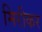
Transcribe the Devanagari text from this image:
मिरीकर